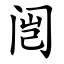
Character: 闿